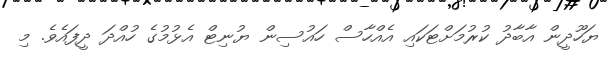
ޔަހޫދީން އާބާދު ކުރުމަށްޓަކައި އެއްހާސް ހައުސިން ޔުނިޓް އެޅުމުގެ ހުއްދަ ދީފައެވެ. މި